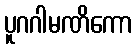
ပူဂဂါမဏိကော